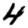
Digit: 4